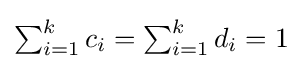
{\textstyle \sum _{i=1}^{k}c_{i}=\sum _{i=1}^{k}d_{i}=1}